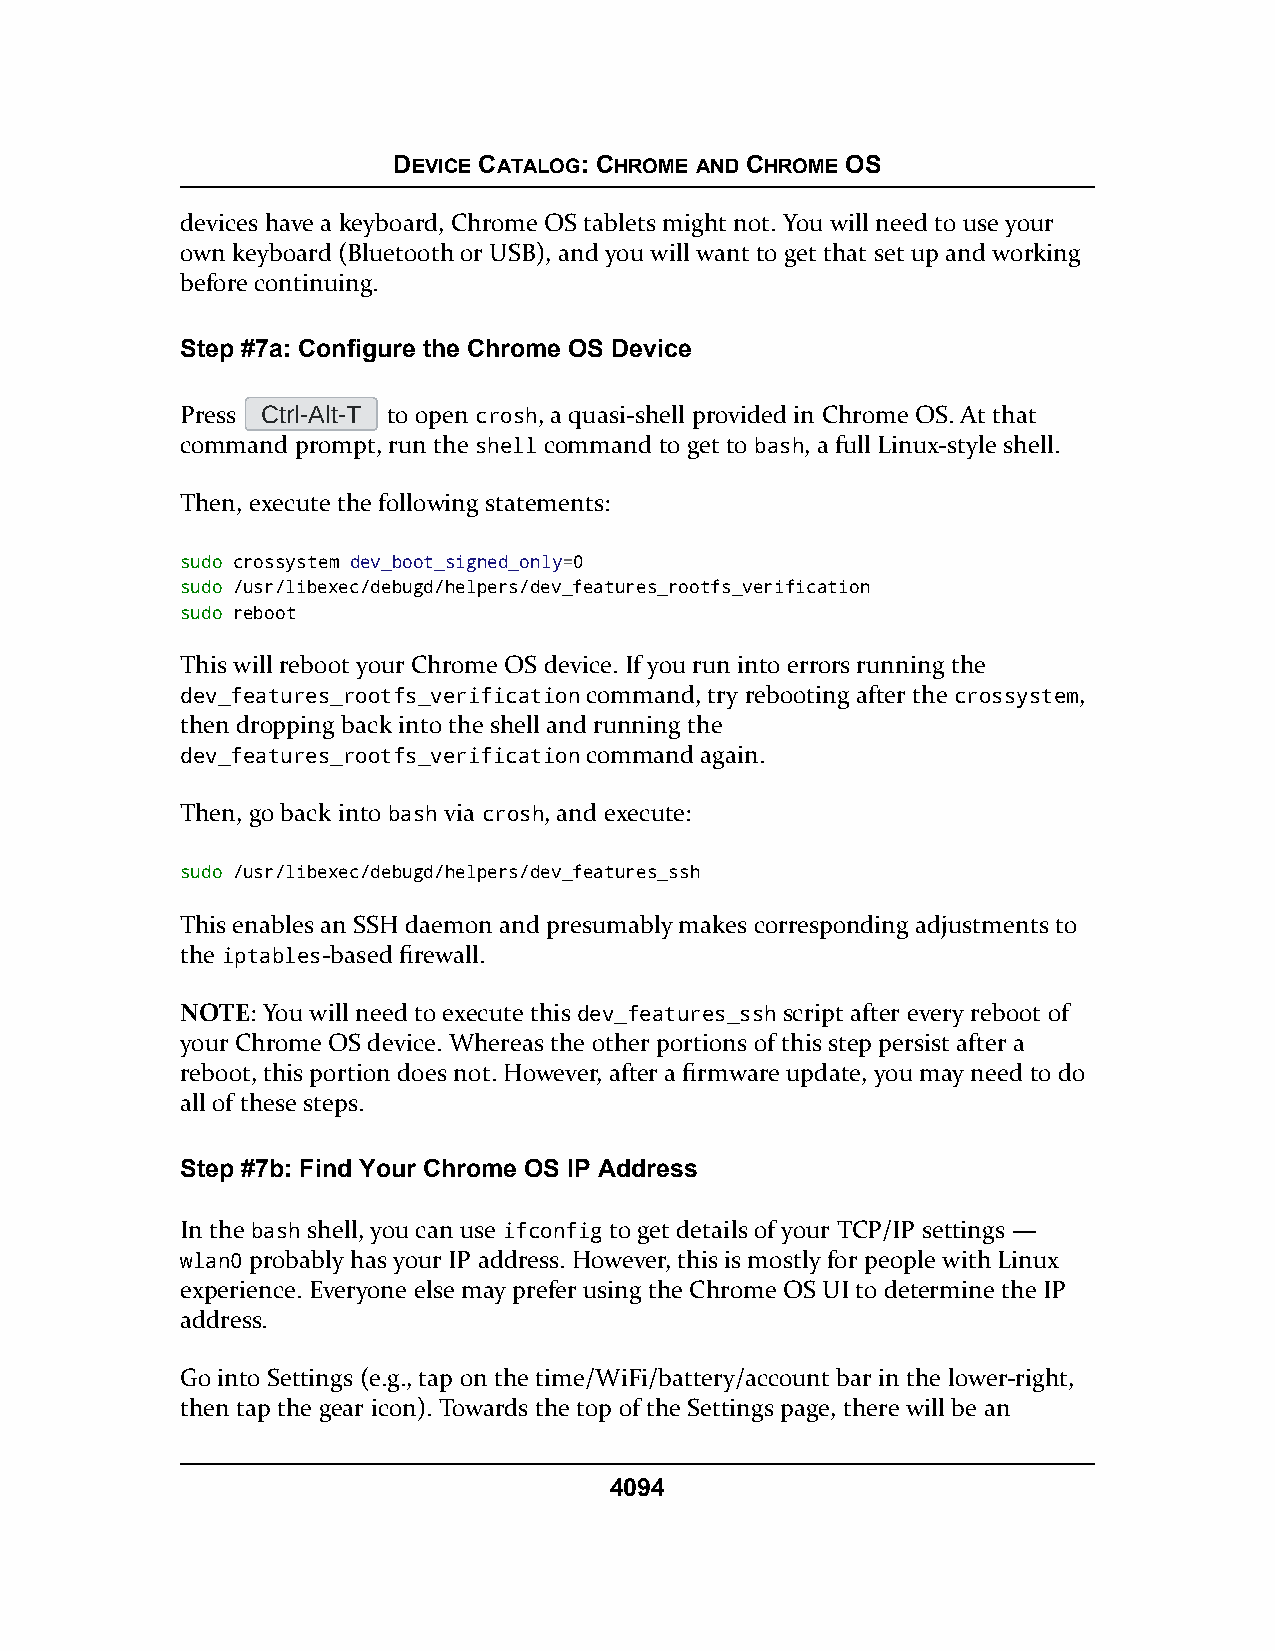
DEVICE CATALOG: CHROME AND CHROME OS
 devices have a keyboard, Chrome OS tablets might not. You will need to use your
 own keyboard (Bluetooth or USB), and you will want to get that set up and working
 before continuing.
 Step #7a: Configure the Chrome OS Device
 Press Ctrl-Alt-T to open crosh, a quasi-shell provided in Chrome OS. At that
 command prompt, run the shell command to get to bash, a full Linux-style shell.
 Then, execute the following statements:
 sudo crossystem dev_boot_signed_only=0
 sudo /usr/libexec/debugd/helpers/dev_features_rootfs_verification
 sudo reboot
 This will reboot your Chrome OS device. If you run into errors running the
 dev_features_rootfs_verification command, try rebooting after the crossystem,
 then dropping back into the shell and running the
 dev_features_rootfs_verification command again.
 Then, go back into bash via crosh, and execute:
 sudo /usr/libexec/debugd/helpers/dev_features_ssh
 This enables an SSH daemon and presumably makes corresponding adjustments to
 the iptables-based firewall.
 NOTE: You will need to execute this dev_features_ssh script after every reboot of
 your Chrome OS device. Whereas the other portions of this step persist after a
 reboot, this portion does not. However, after a firmware update, you may need to do
 all of these steps.
 Step #7b: Find Your Chrome OS IP Address
 In the bash shell, you can use ifconfig to get details of your TCP/IP settings —
 wlan0 probably has your IP address. However, this is mostly for people with Linux
 experience. Everyone else may prefer using the Chrome OS UI to determine the IP
 address.
 Go into Settings (e.g., tap on the time/WiFi/battery/account bar in the lower-right,
 then tap the gear icon). Towards the top of the Settings page, there will be an
 4094